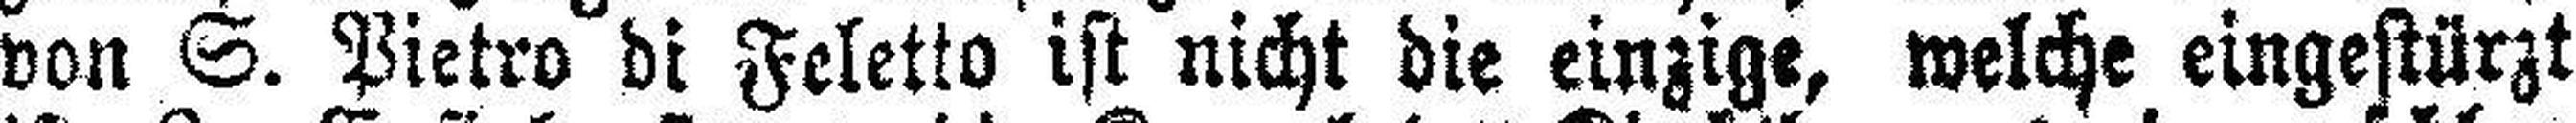
von S. Pietro di Feletto ist nicht die einzige, welche eingestürzt